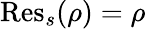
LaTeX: {\mathrm{Res}}_{s}(\rho)=\rho